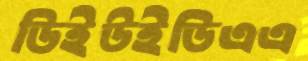
ডিইউইডিএএ